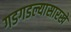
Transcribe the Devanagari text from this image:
गडगडल्यासारखे